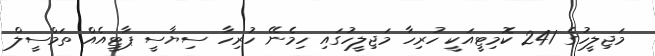
މަޖިލީހުގެ 241 ކޮމިޓީއަކީ ހުރިހާ މަޖިލީހުގައި ހިމެނޭ ހުރިހާ ސިޔާސީ ޕާޓީއެއް ތަމްސީލް